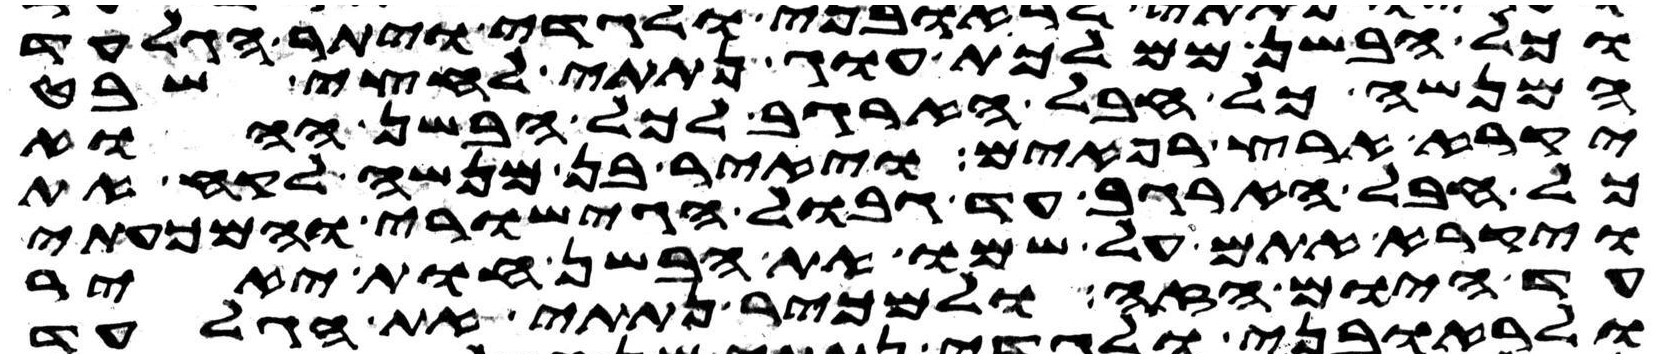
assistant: וכל הבשן ממלכת עוג נתתי לחצי שבט
המנשה כל חבל הארגב לכל הבשן ההוא
יקרא ארץ רפאים ויאיר בן מנשה לקח את
כל חבל הארגב עד גבול הגישורי והמכעתי
ויקרא אתם על שמו את הבשן חות יאיר
עד היום הזה ולמכיר נתתי את הגלעד